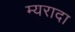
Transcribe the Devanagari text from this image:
म्यरादा